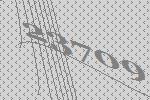
23709